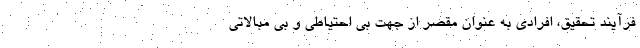
فرآیند تحقیق، افرادی به عنوان مقصر از جهت بی احتیاطی و بی مبالاتی